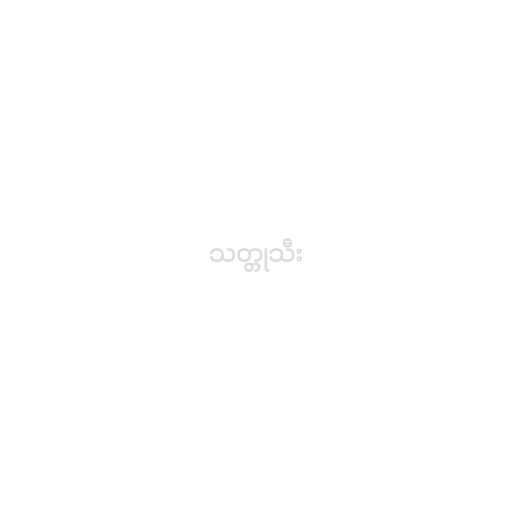
သတ္တုသီး